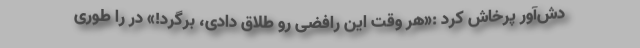
دش‌آور پرخاش کرد :«هر وقت این رافضی رو طلاق دادی، برگرد!» در را طوری